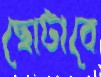
ছোটাবে